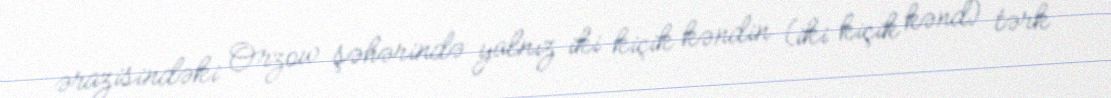
ərazisindəki Orzow şəhərində yalnız iki kiçik kəndin (iki kiçik kənd) tərk